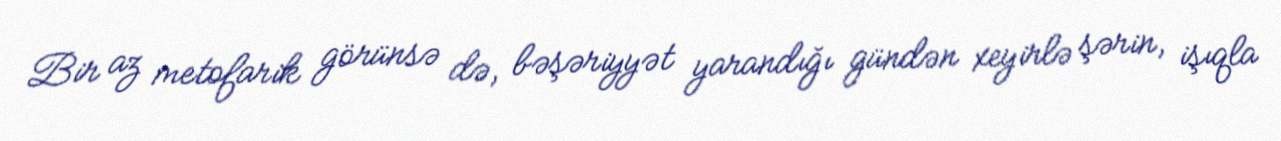
Bir az metofarik görünsə də, bəşəriyyət yarandığı gündən xeyirlə şərin, işıqla